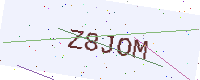
Text: Z8JOM